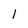
Character: 1